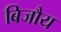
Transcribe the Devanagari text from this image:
बिजौय